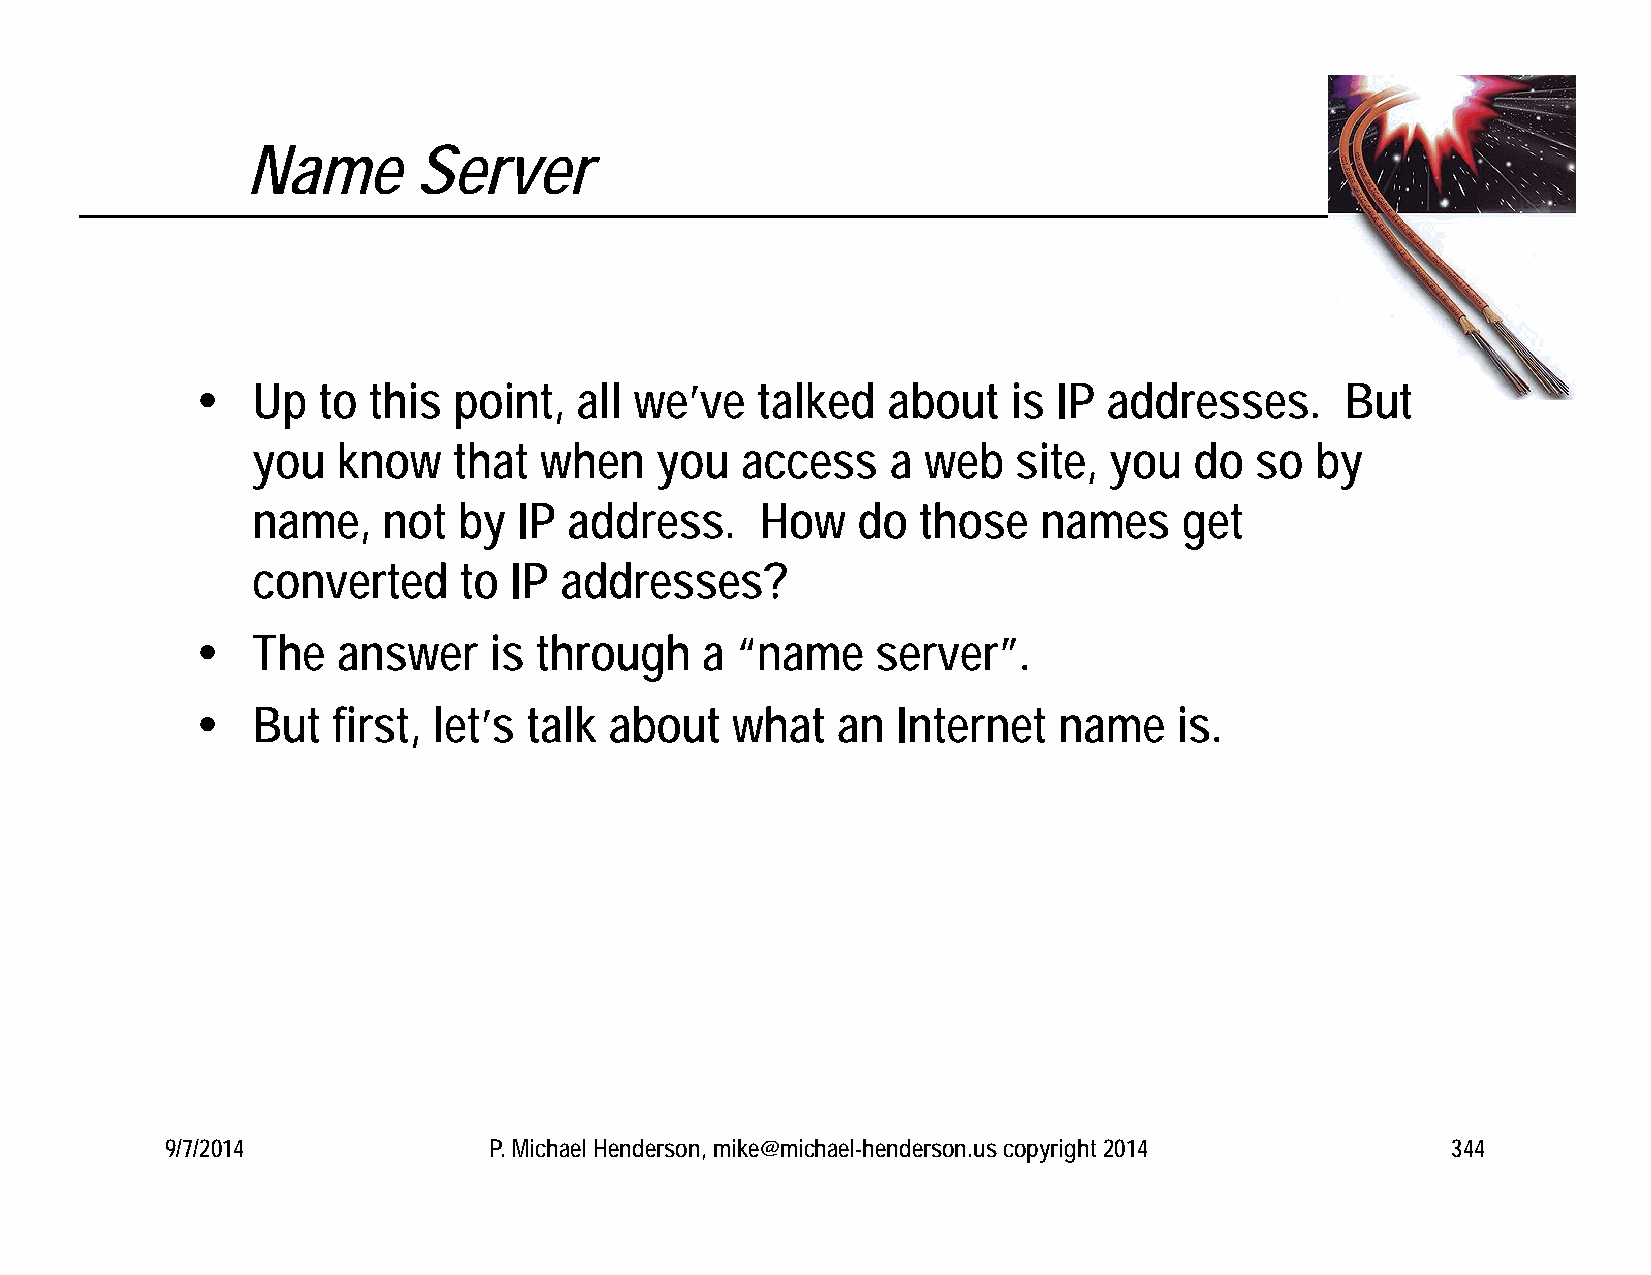
Name       Server
    Up  to this  point,  all we’ve   talked   about   is IP addresses.      But
 you  know    that  when   you   access    a web   site, you   do  so  by
 name,   not  by  IP  address.    How    do  those   names    get
 converted    to  IP addresses?
    The  answer    is through    a  “name    server”.
    But  first, let’s talk about   what   an  Internet   name    is.
 9/7/2014             P. Michael Henderson, mike@michael-henderson.us copyright 2014  344